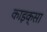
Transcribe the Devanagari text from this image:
काइक्सा